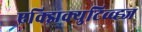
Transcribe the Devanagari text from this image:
एक्झिक्युटिव्व्ह्ज